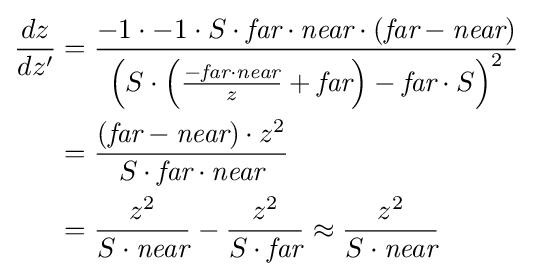
{\begin{aligned}{\frac {dz}{dz'}}&={\frac {-1\cdot -1\cdot S\cdot {\textit {far}}\cdot {\textit {near}}\cdot \left({\textit {far}}-{\textit {near}}\right)}{\left(S\cdot \left({\frac {-{\textit {far}}\cdot {\textit {near}}}{z}}+{\textit {far}}\right)-{\textit {far}}\cdot S\right)^{2}}}\\&={\frac {\left({\textit {far}}-{\textit {near}}\right)\cdot z^{2}}{S\cdot {\textit {far}}\cdot {\textit {near}}}}\\&={\frac {z^{2}}{S\cdot {\textit {near}}}}-{\frac {z^{2}}{S\cdot {\textit {far}}}}\approx {\frac {z^{2}}{S\cdot {\textit {near}}}}\end{aligned}}